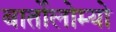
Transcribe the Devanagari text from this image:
बार्तोलोम्यो